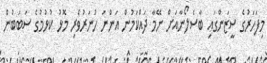
މިފަހަރުގެ ސީޒަންގައި ބާސެލޯނާއަށް ނޭމާ ދައްކަމުން އަންނަ ހުނަރުވެރި މޮޅު ކުޅުމުގެ ސަބަބުން